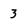
Character: 3